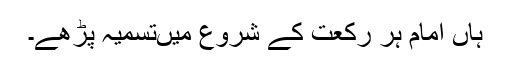
ہاں امام ہر رکعت کے شروع میںتسمیہ پڑھے۔